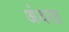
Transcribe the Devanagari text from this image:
अंथरत